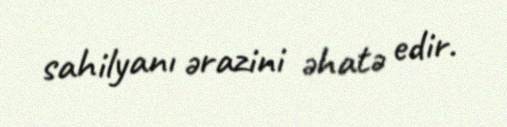
sahilyanı ərazini əhatə edir.